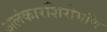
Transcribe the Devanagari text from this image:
अलंकारशिरोमणि